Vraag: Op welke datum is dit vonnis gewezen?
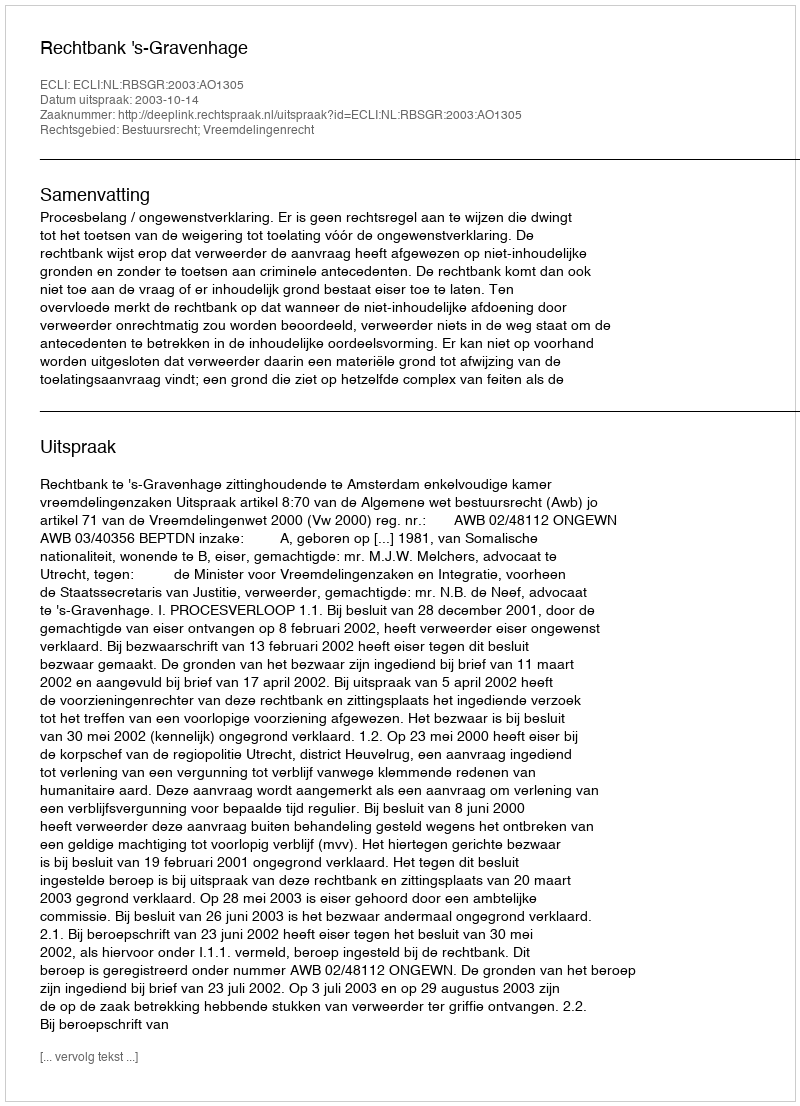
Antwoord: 2003-10-14